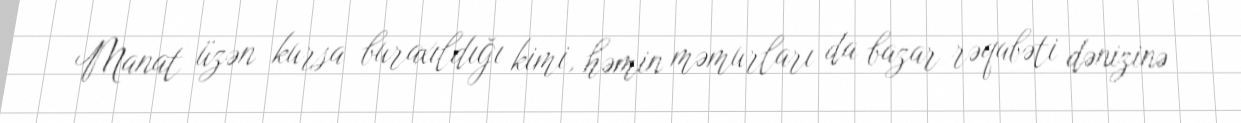
Manat üzən kursa buraxıldığı kimi, həmin məmurları da bazar rəqabəti dənizinə